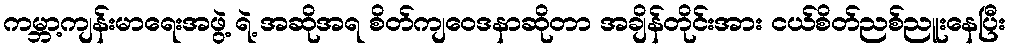
ကမ္ဘာ့ကျန်းမာရေးအဖွဲ့ ရဲ့ အဆိုအရ စိတ်ကျဝေဒနာဆိုတာ အချိန်တိုင်းအား ငယ်စိတ်ညစ်ညူးနေပြီး